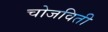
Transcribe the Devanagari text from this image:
चोजविती